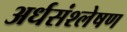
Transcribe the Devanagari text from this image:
अर्धसंश्लेषण